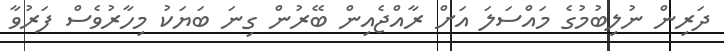
ދަރިން ނުލިބުމުގެ މައްސަލަ އަށް ރާއްޖެއިން ބޭރުން ގިނަ ބަޔަކު މިހާރުވެސް ފަރުވާ